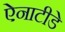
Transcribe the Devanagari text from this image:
ऐनाटीडे